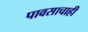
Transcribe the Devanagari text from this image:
पावसाचाही